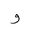
Letter: _waw